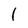
Character: 1